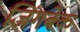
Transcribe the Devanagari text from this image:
जिंगबेक